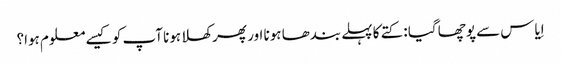
اِیاس سے پوچھا گیا : کتے کا پہلے بندھا ہونا اور پھر کھلا ہونا آپ کو کیسے معلوم ہوا؟